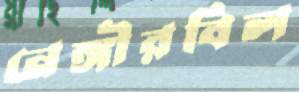
নেঙ্গীরবিল